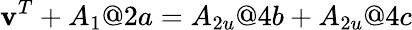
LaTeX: \textbf{v}^{T}+A_{1}@2a=A_{2u}@4b+A_{2u}@4c